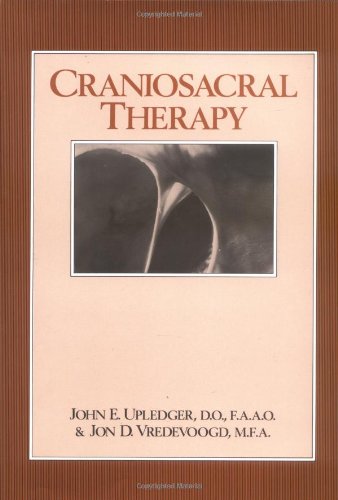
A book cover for Craniosacral Therapy; John E. Upledger; Medical Books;